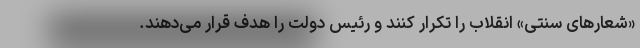
«شعارهای سنتی» انقلاب را تکرار کنند و رئیس دولت را هدف قرار می‌دهند.